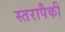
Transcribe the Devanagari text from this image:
स्तरापैकी